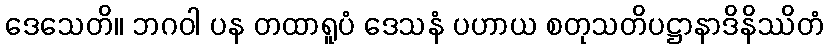
ဒေသေတိ။ ဘဂဝါ ပန တထာရူပံ ဒေသနံ ပဟာယ စတုသတိပဋ္ဌာနာဒိနိဿိတံ